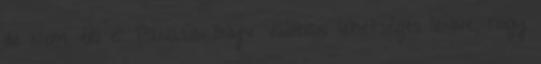
de nem éri el. Panaszkönyv Valóban lehetséges lenne, hogy